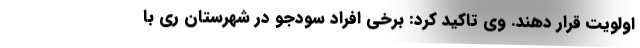
اولویت قرار دهند. وی تاکید کرد: برخی افراد سودجو در شهرستان ری با